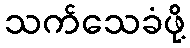
သက်သေခံဖို့